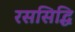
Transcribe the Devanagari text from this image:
रससिद्धि